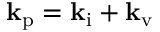
\mathbf { k } _ { \mathrm { p } } = \mathbf { k } _ { \mathrm { i } } + \mathbf { k } _ { \mathrm { v } }